画像に写った文字を読んでください
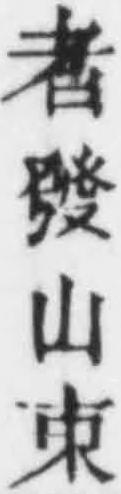
「者發山束」と書いてあります